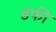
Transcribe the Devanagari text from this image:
डंफी